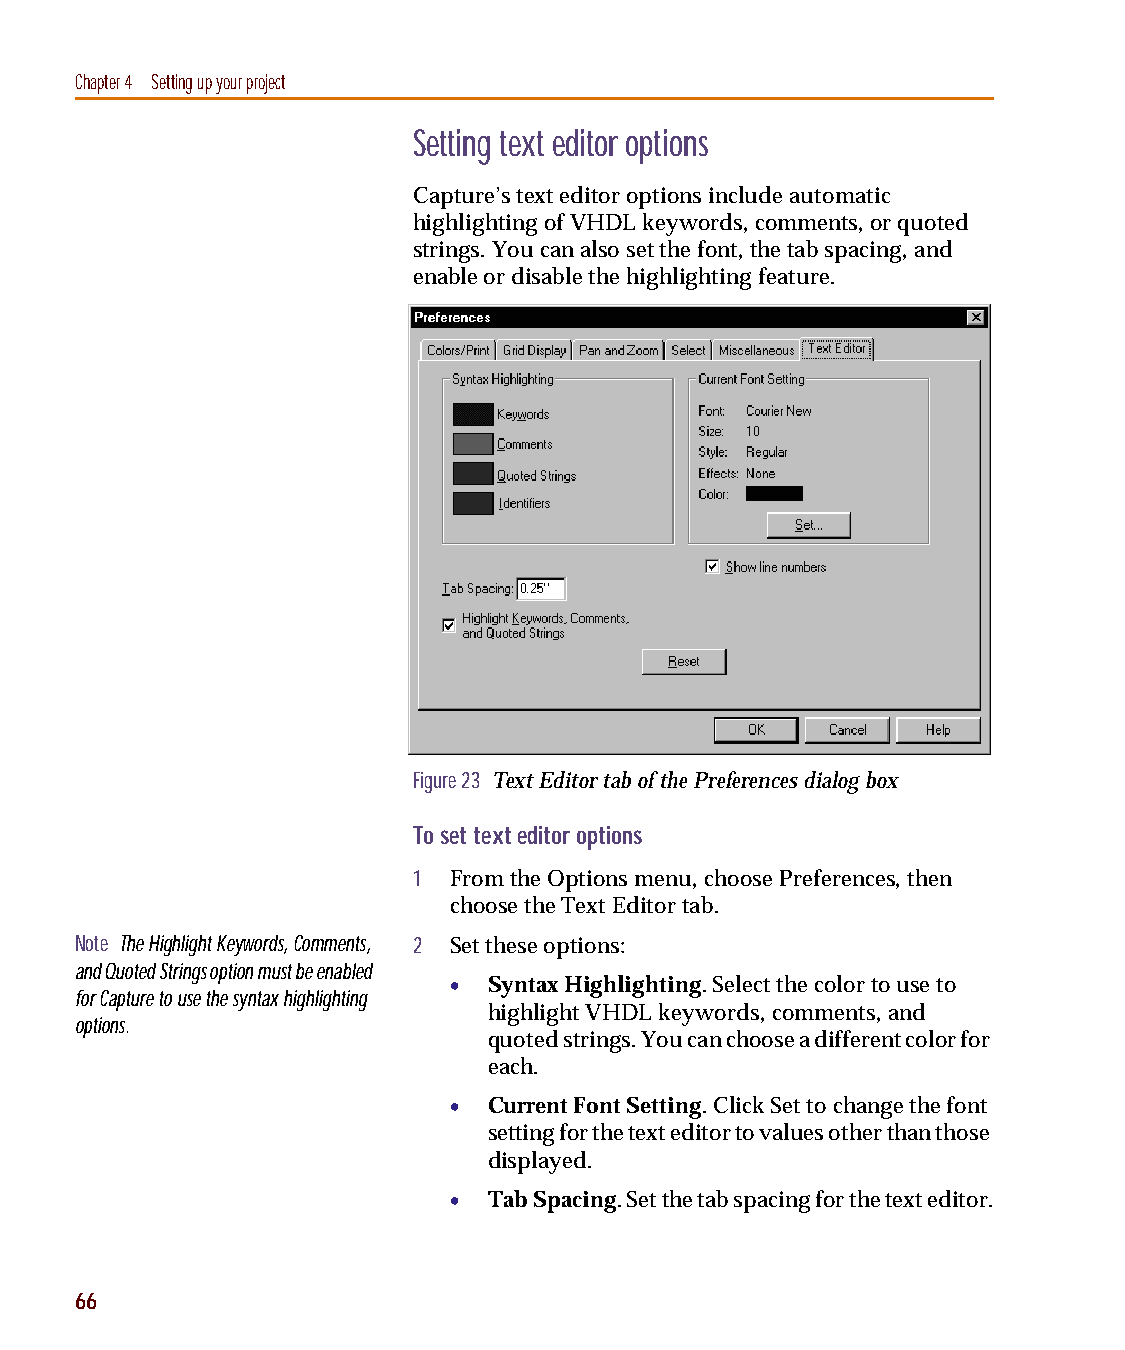
capug.book Page 66 Thursday, November 12, 1998 3:38 PM
 Chapter 4 Setting up your project
 Setting text editor options
 Capture’s text editor options include automatic
 highlighting of VHDL keywords, comments, or quoted
 strings. You can also set the font, the tab spacing, and
 enable or disable the highlighting feature.
 Figure 23 Text Editor tab of the Preferences dialog box
 To set text editor options
 1  From the Options menu, choose Preferences, then
 choose the Text Editor tab.
 Note The Highlight Keywords, Comments, 2 Set these options:
 and Quoted Strings option must be enabled
 • Syntax Highlighting. Select the color to use to
 for Capture to use the syntax highlighting
 highlight VHDL keywords, comments, and
 options.
 quoted strings. You can choose a different color for
 each.
 • Current Font Setting. Click Set to change the font
 setting for the text editor to values other than those
 displayed.
 • Tab Spacing. Set the tab spacing for the text editor.
 66